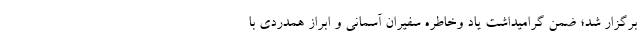
برگزار شد؛ ضمن گرامیداشت یاد وخاطره سفیران آسمانی و ابراز همدردی با